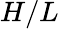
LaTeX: H/L